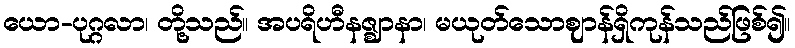
ယော-ပုဂ္ဂလာ၊ တို့သည်။ အပရိဟီနဇ္ဈာနာ၊ မယုတ်သောဈာန်ရှိကုန်သည်ဖြစ်၍။